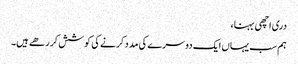
دری اچھی بہنا،
ہم سب یہاں ایک دوسرے کی مدد کرنے کی کوشش کر رھے ہیں۔